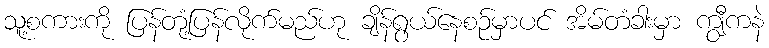
သူ့စကားကို ပြန်တုံ့ပြန်လိုက်မည်ဟု ချိန်ရွယ်နေစဉ်မှာပင် အိမ်တံခါးမှာ ကျွီကနဲ